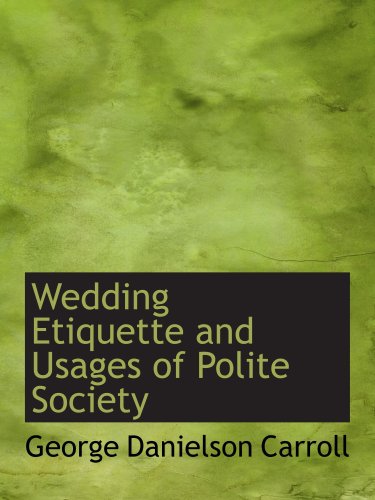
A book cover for Wedding Etiquette and Usages of Polite Society; George Danielson Carroll; Crafts, Hobbies & Home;